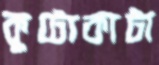
কুটোকাটা